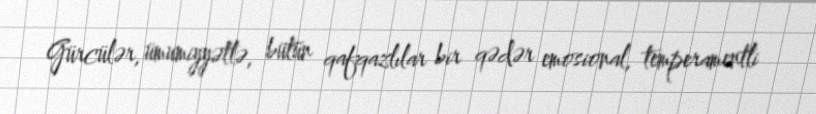
Gürcülər, ümumiyyətlə, bütün qafqazlılar bir qədər emosional, temperamentli